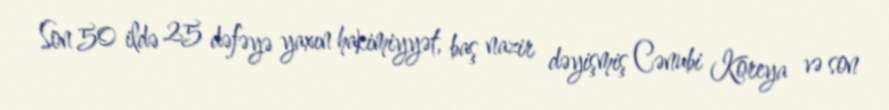
Son 50 ildə 25 dəfəyə yaxın hakimiyyət, baş nazir dəyişmiş Cənubi Koreya və son